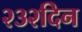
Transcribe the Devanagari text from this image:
२३२दिन